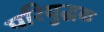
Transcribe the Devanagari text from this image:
परियुद्धक